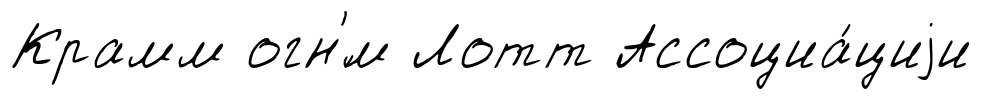
Крамм огн'́м Лотт Ассоциа́циjи